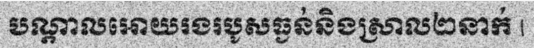
បណ្តាលអោយរងរបូសធ្ងន់និងស្រាល២នាក់ |